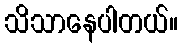
သိသာနေပါတယ်။